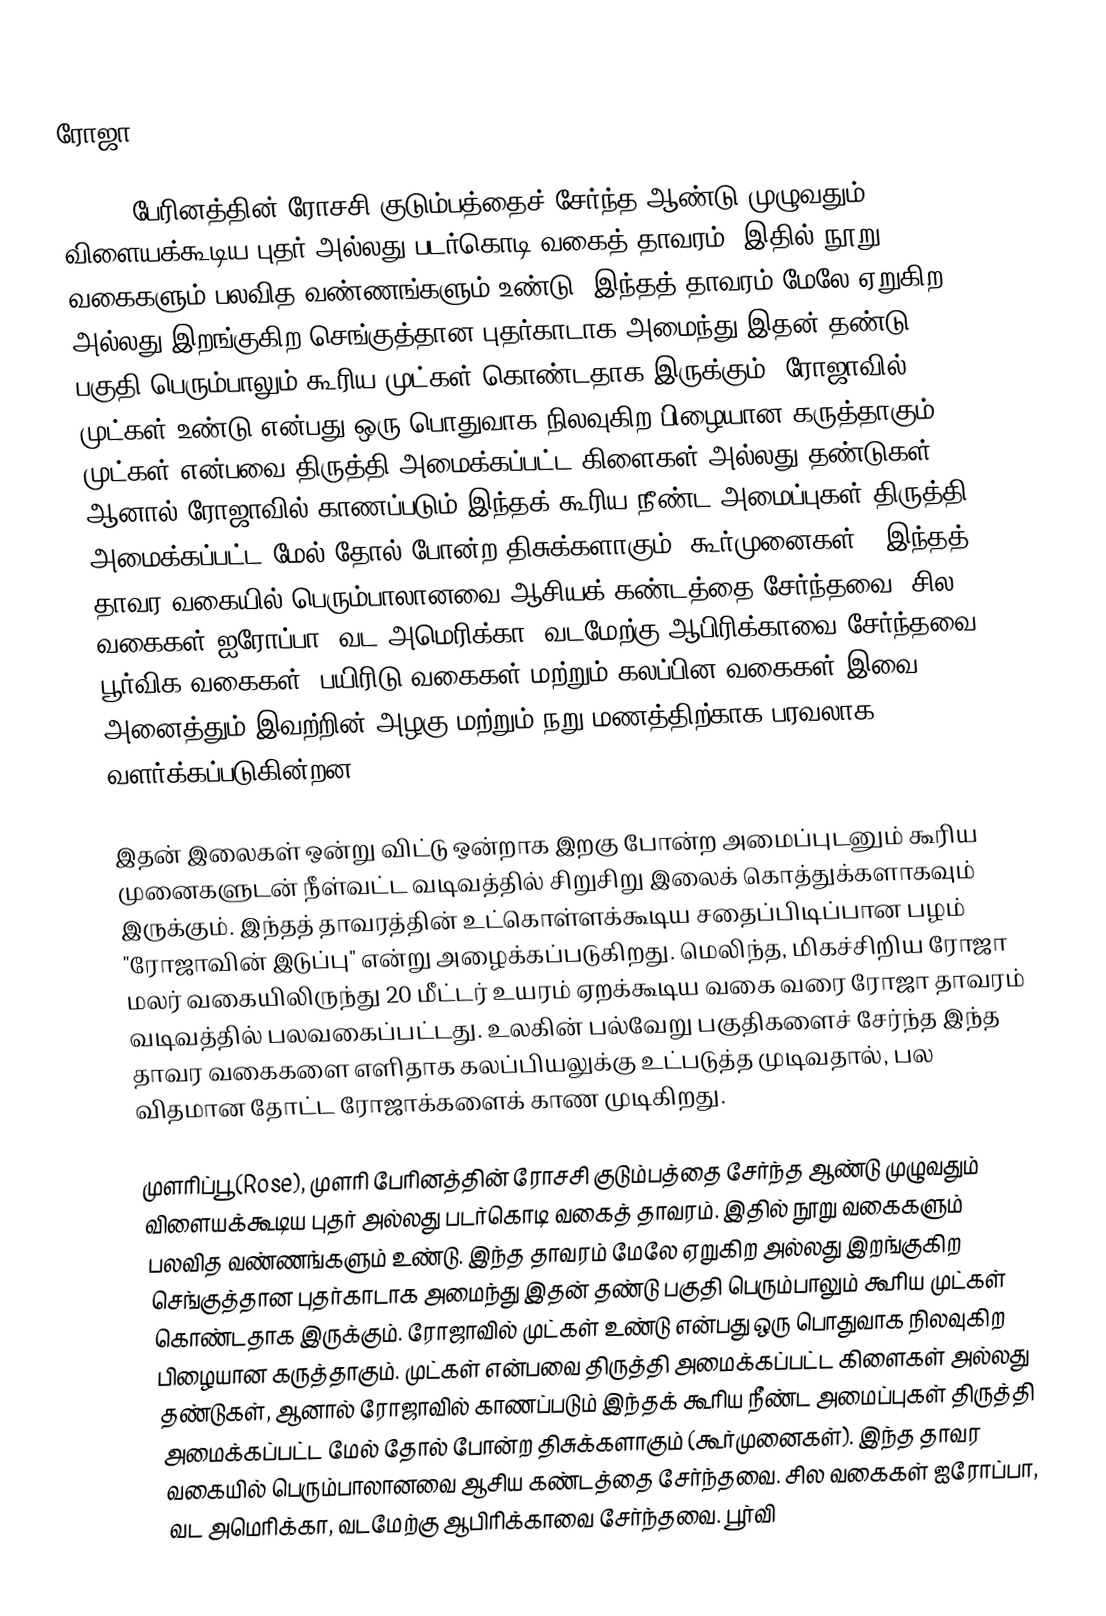
ரோஜா

(Rose) பேரினத்தின் ரோசசி குடும்பத்தைச் சேர்ந்த ஆண்டு முழுவதும் விளையக்கூடிய புதர் அல்லது படர்கொடி வகைத் தாவரம். இதில் நூறு வகைகளும் பலவித வண்ணங்களும் உண்டு. இந்தத் தாவரம் மேலே ஏறுகிற அல்லது இறங்குகிற செங்குத்தான புதர்காடாக அமைந்து இதன் தண்டு பகுதி பெரும்பாலும் கூரிய முட்கள் கொண்டதாக இருக்கும். ரோஜாவில் முட்கள் உண்டு என்பது ஒரு பொதுவாக நிலவுகிற பிழையான கருத்தாகும். முட்கள் என்பவை திருத்தி அமைக்கப்பட்ட கிளைகள் அல்லது தண்டுகள், ஆனால் ரோஜாவில் காணப்படும் இந்தக் கூரிய நீண்ட அமைப்புகள் திருத்தி அமைக்கப்பட்ட மேல் தோல் போன்ற திசுக்களாகும் (கூர்முனைகள்). இந்தத் தாவர வகையில் பெரும்பாலானவை ஆசியக் கண்டத்தை சேர்ந்தவை. சில வகைகள் ஐரோப்பா, வட அமெரிக்கா, வடமேற்கு ஆபிரிக்காவை சேர்ந்தவை. பூர்விக வகைகள், பயிரிடு வகைகள் மற்றும் கலப்பின வகைகள் இவை அனைத்தும் இவற்றின் அழகு மற்றும் நறு மணத்திற்காக பரவலாக வளர்க்கப்படுகின்றன.

இதன் இலைகள் ஒன்று விட்டு ஒன்றாக இறகு போன்ற அமைப்புடனும் கூரிய முனைகளுடன் நீள்வட்ட வடிவத்தில் சிறுசிறு இலைக் கொத்துக்களாகவும் இருக்கும். இந்தத் தாவரத்தின் உட்கொள்ளக்கூடிய சதைப்பிடிப்பான பழம் "ரோஜாவின் இடுப்பு" என்று அழைக்கப்படுகிறது. மெலிந்த, மிகச்சிறிய ரோஜா மலர் வகையிலிருந்து 20 மீட்டர் உயரம் ஏறக்கூடிய வகை வரை ரோஜா தாவரம் வடிவத்தில் பலவகைப்பட்டது. உலகின் பல்வேறு பகுதிகளைச் சேர்ந்த இந்த தாவர வகைகளை எளிதாக கலப்பியலுக்கு உட்படுத்த முடிவதால், பல விதமான தோட்ட ரோஜாக்களைக் காண முடிகிறது.

முளரிப்பூ (Rose), முளரி பேரினத்தின் ரோசசி குடும்பத்தை சேர்ந்த ஆண்டு முழுவதும் விளையக்கூடிய புதர் அல்லது படர்கொடி வகைத் தாவரம். இதில் நூறு வகைகளும் பலவித வண்ணங்களும் உண்டு. இந்த தாவரம் மேலே ஏறுகிற அல்லது இறங்குகிற செங்குத்தான புதர்காடாக அமைந்து இதன் தண்டு பகுதி பெரும்பாலும் கூரிய முட்கள் கொண்டதாக இருக்கும். ரோஜாவில் முட்கள் உண்டு என்பது ஒரு பொதுவாக நிலவுகிற பிழையான கருத்தாகும். முட்கள் என்பவை திருத்தி அமைக்கப்பட்ட கிளைகள் அல்லது தண்டுகள், ஆனால் ரோஜாவில் காணப்படும் இந்தக் கூரிய நீண்ட அமைப்புகள் திருத்தி அமைக்கப்பட்ட மேல் தோல் போன்ற திசுக்களாகும் (கூர்முனைகள்). இந்த தாவர வகையில் பெரும்பாலானவை ஆசிய கண்டத்தை சேர்ந்தவை. சில வகைகள் ஐரோப்பா, வட அமெரிக்கா, வடமேற்கு ஆபிரிக்காவை சேர்ந்தவை. பூர்வி